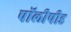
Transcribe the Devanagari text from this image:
पॉलीपीड